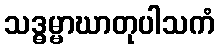
သဒ္ဓမ္မာဃာတုပါသကံ